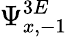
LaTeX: \Psi_{x,-1}^{3E}